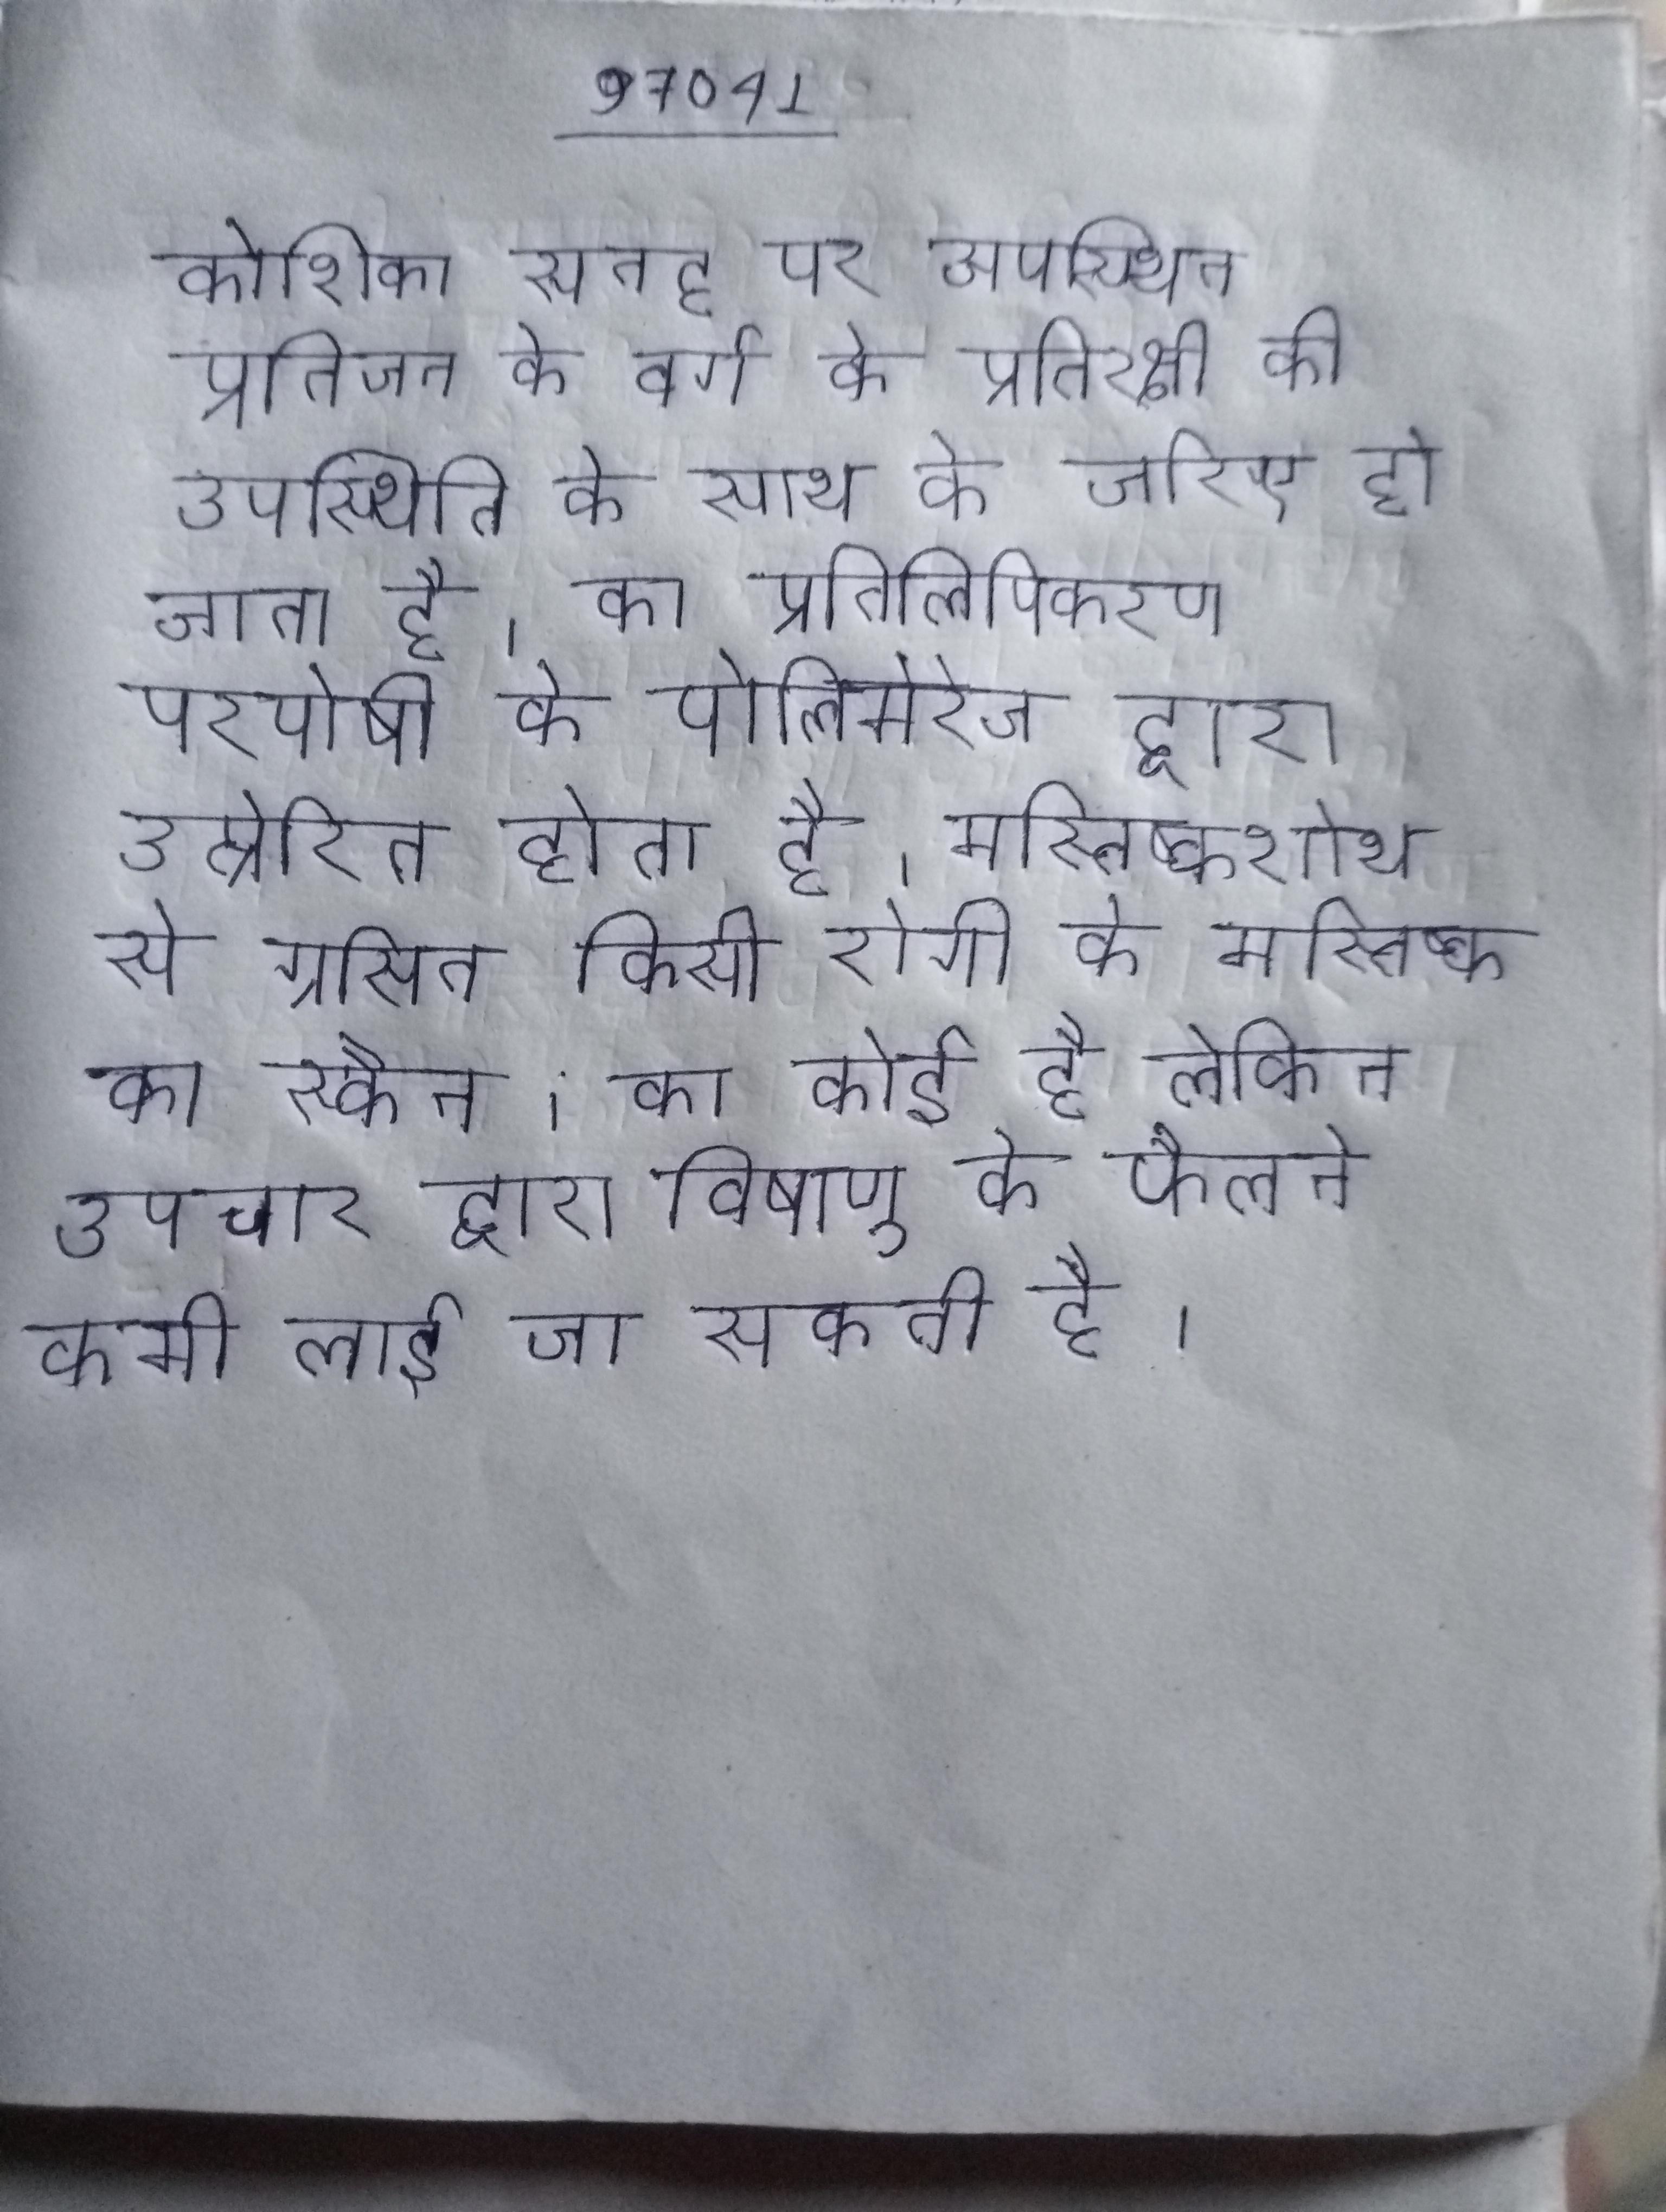
कोशिका सतह पर उपस्थित प्रतिजन के वर्ग के प्रतिरक्षी की उपस्थिति के साथ के जरिए हो जाता है । का प्रतिलिपिकरण परपोषी के पोलिमेरेज द्वारा उत्प्रेरित होता है । मस्तिष्कशोथ से ग्रसित किसी रोगी के मस्तिष्क का स्कैन । का कोई है लेकिन उपचार द्वारा विषाणु के फैलने कमी लाई जा सकती है ।